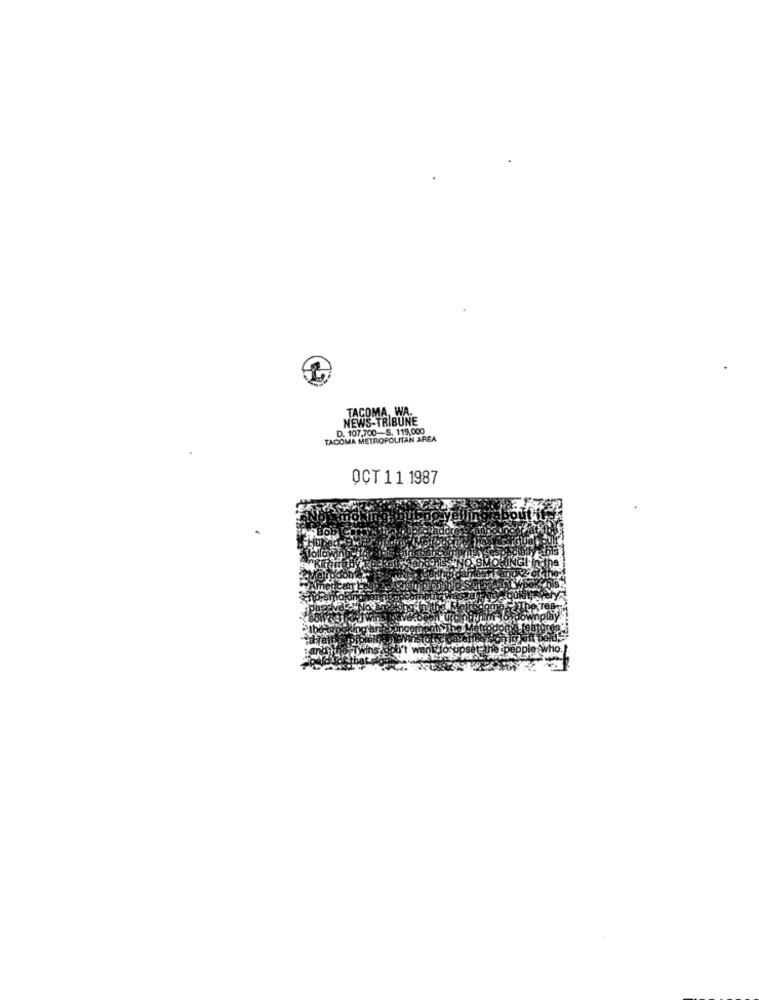
TACOMA, WA.
NEWS-TRIBUNE
D. 107.700-S. 119,000
TACOMA METROPOLITAN AREA
OCT 1 1 1987